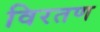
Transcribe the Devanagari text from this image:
विरतण